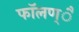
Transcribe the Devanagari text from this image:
फाॅलण्ै